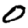
Digit: 0